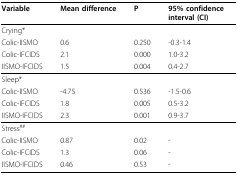
| Variable | Mean difference | P | 95% confidence interval (CI) |
 | --- | --- | --- | --- |
 | Crying* |  |  |  |
 | Colic-IISMO | 0.6 | 0.250 | -0.3-1.4 |
 | Colic-IFCIDS | 2.1 | 0.000 | 1.0-3.2 |
 | IISMO-IFCIDS | 1.5 | 0.004 | 0.4-2.7 |
 | Sleep* |  |  |  |
 | Colic-IISMO | -4.75 | 0.536 | -1.5-0.6 |
 | Colic-IFCIDS | 1.8 | 0.005 | 0.5-3.2 |
 | IISMO-IFCIDS | 2.3 | 0.001 | 0.9-3.7 |
 | Stress## |  |  |  |
 | Colic-IISMO | 0.87 | 0.02 | - |
 | Colic-IFCIDS | 1.3 | 0.06 | - |
 | IISMO-IFCIDS | 0.46 | 0.53 | - |